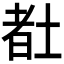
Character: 𡎉